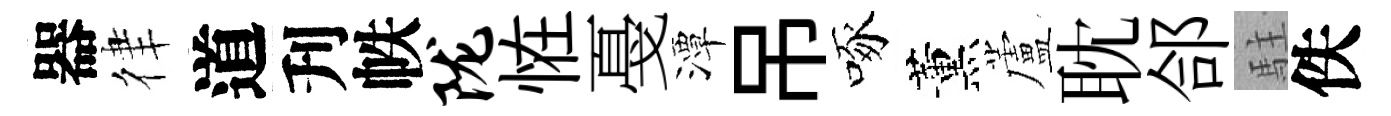
器律道刋帙陇恠戞潭吊啄薰蘆耽郃駐佚